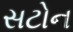
સટોન